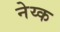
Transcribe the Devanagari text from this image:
नेय्क